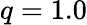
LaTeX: q=1.0